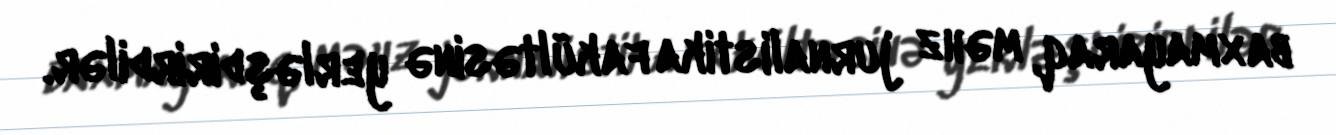
baxmayaraq, məhz jurnalistika fakültəsinə yerləşdirirdilər.